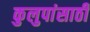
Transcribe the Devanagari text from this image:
कुलुपांसाठी